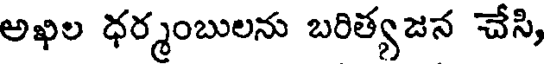
అఖిల ధర్మంబులను బరిత్యజన చేసి,